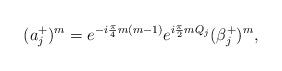
LaTeX: \begin{align*}(a_{j}^{+})^{m} = e^{-i{\pi\over 4}m(m-1)}e^{i{\pi\over 2}mQ_{j}}(\beta_{j}^{+})^{m},\end{align*}